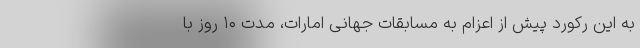
به این رکورد پیش از اعزام به مسابقات جهانی امارات، مدت ۱۰ روز با